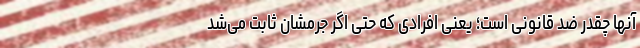
آنها چقدر ضد قانونی است؛ یعنی افرادی که حتی اگر جرمشان ثابت می‌شد